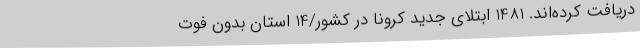
دریافت کرده‌اند. 1481 ابتلای جدید کرونا در کشور/14 استان بدون فوت